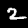
Digit: 2